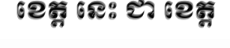
ខេត្ត នេះ ជា ខេត្ត